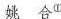
姚 合^{①}